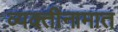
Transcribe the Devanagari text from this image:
व्यक्तीनामात